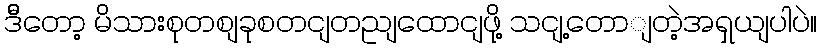
ဒီိတော့ မိသားစုတစျခုစတငျတညျထောငျဖို့ သငျ့တောျတဲ့အရှယျပါပဲ။